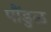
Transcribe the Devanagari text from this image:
पौंडुळ